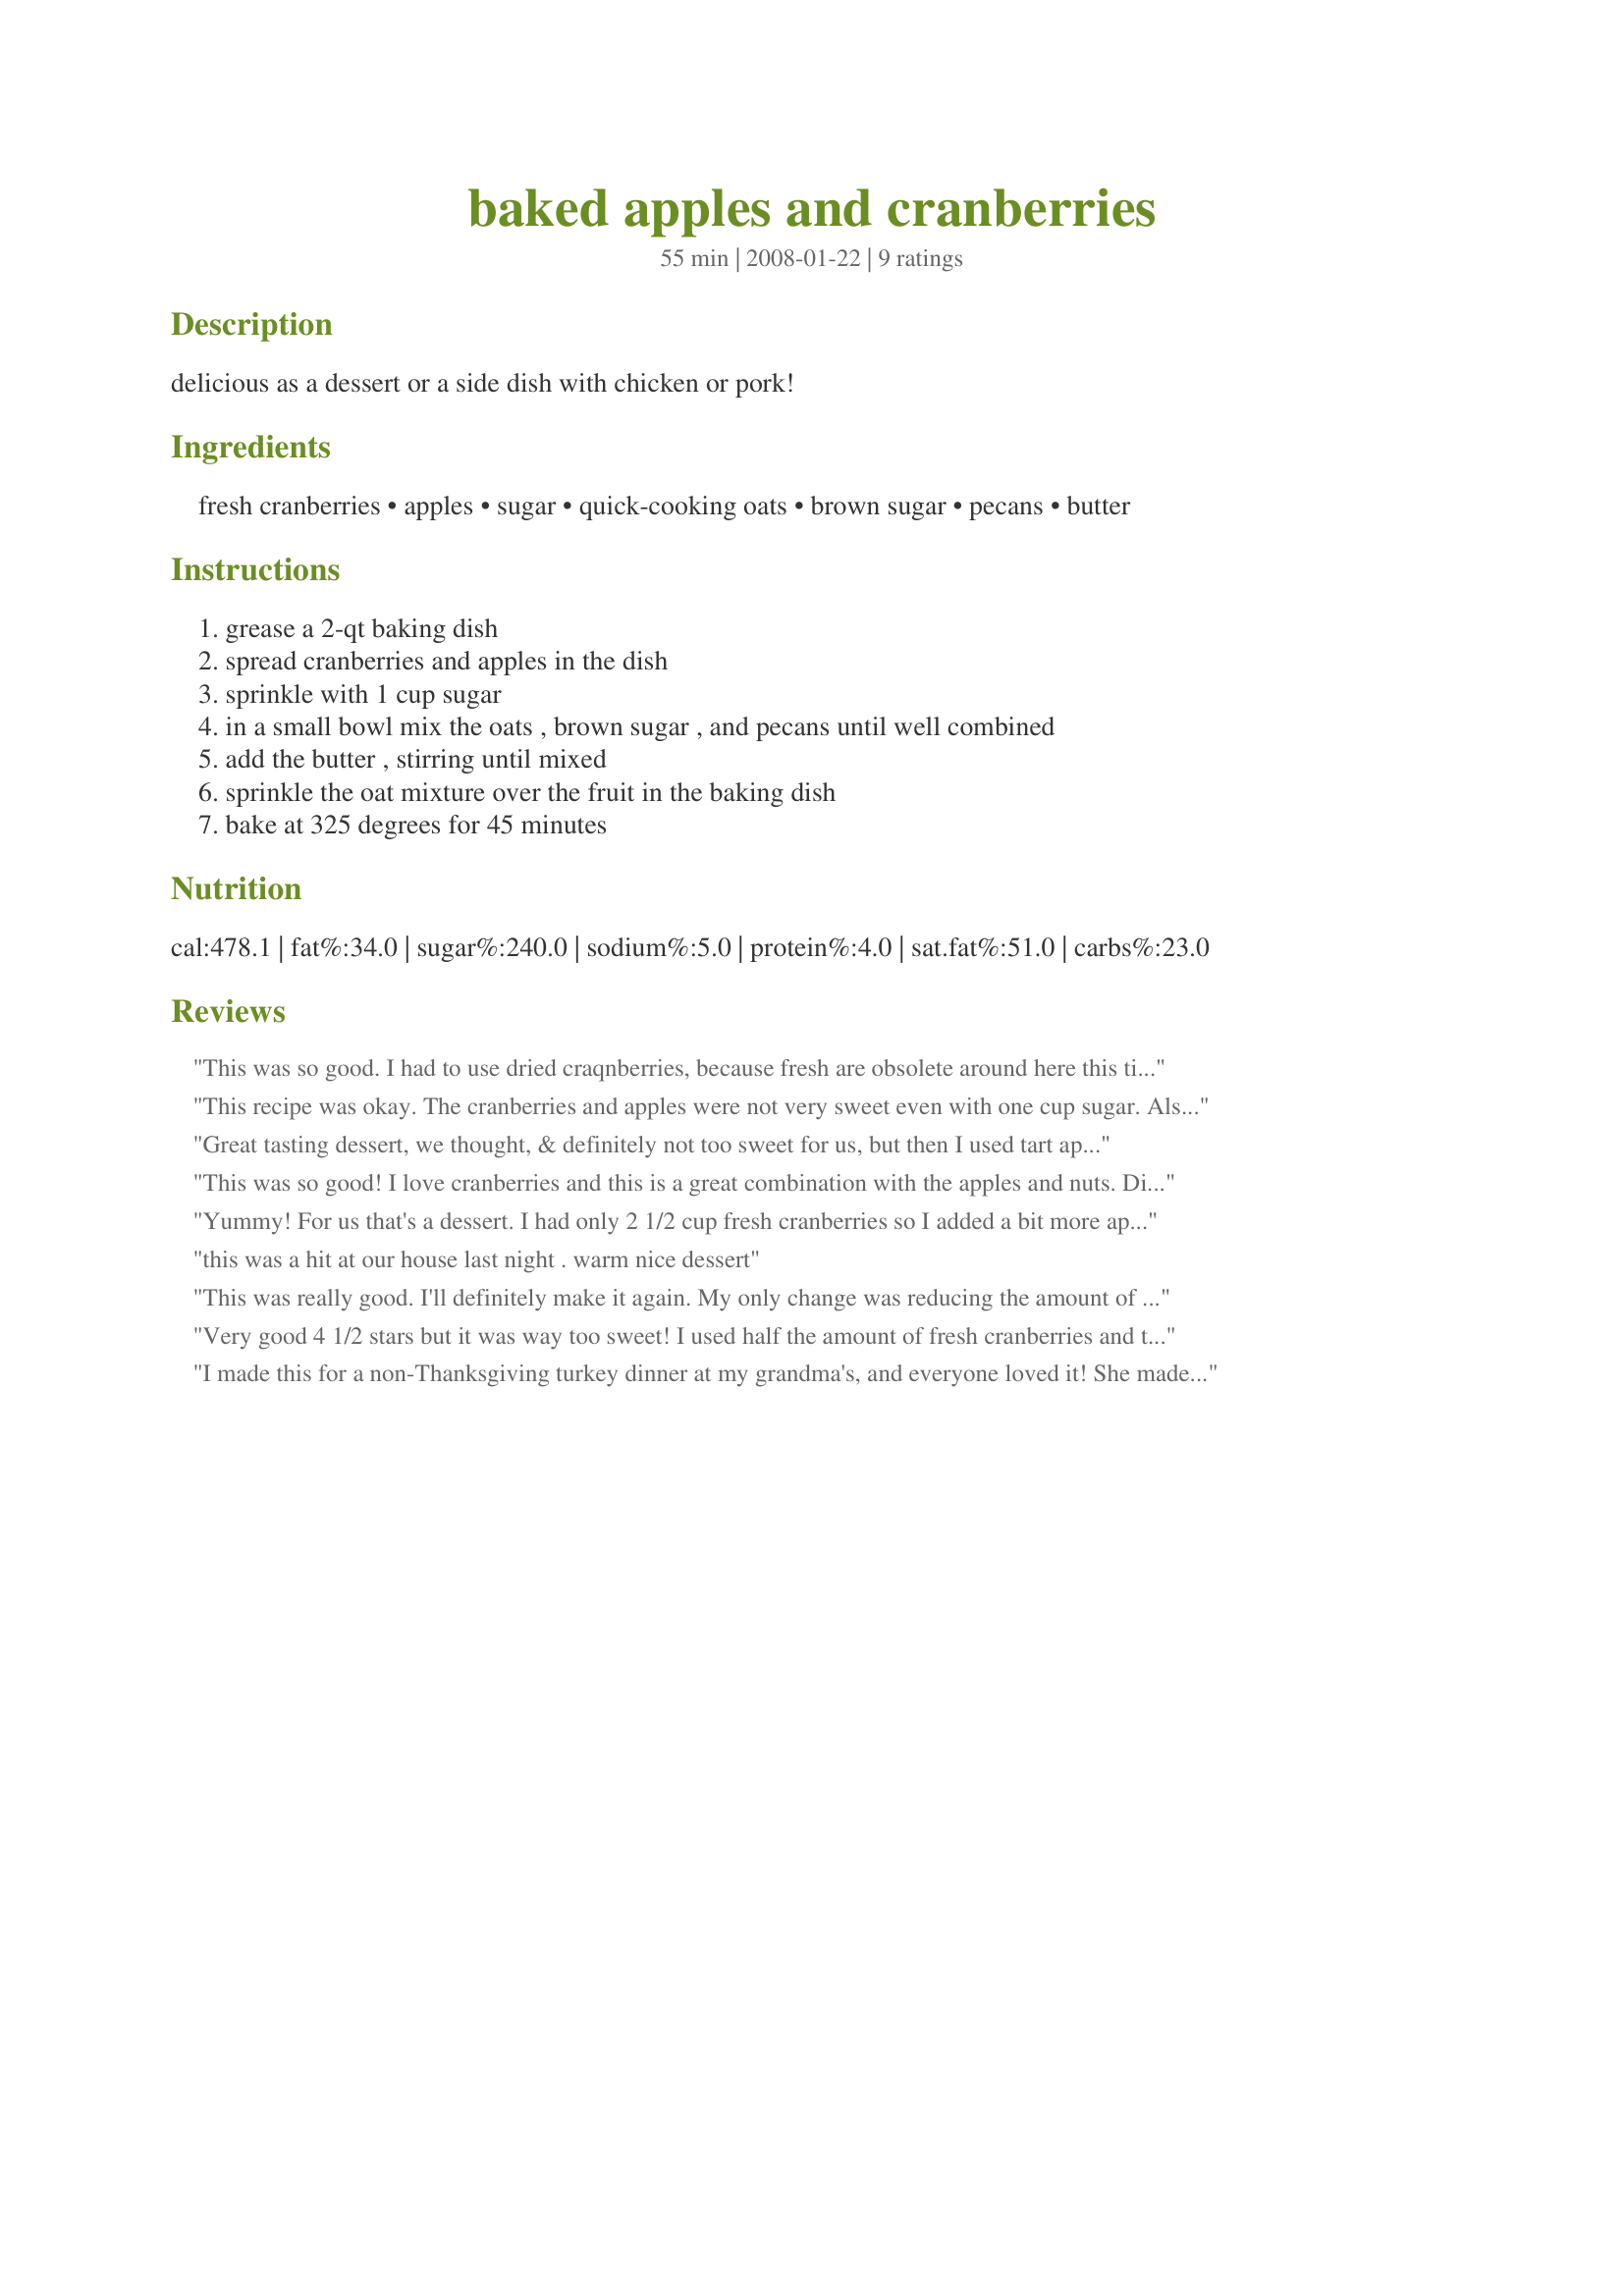
baked apples and cranberries
Preparation time: 55 minutes

delicious as a dessert or a side dish with chicken or pork!

Ingredients:
fresh cranberries, apples, sugar, quick-cooking oats, brown sugar, pecans, butter

Steps:
grease a 2-qt baking dish, spread cranberries and apples in the dish, sprinkle with 1 cup sugar, in a small bowl mix the oats , brown sugar , and pecans until well combined, add the butter , stirring until mixed, sprinkle the oat mixture over the fruit in the baking dish, bake at 325 degrees for 45 minutes

Reviews:
This was so good. I had to use dried craqnberries, because fresh are obsolete around here this time of year. This was very good with some vanilla ice cream. We really enjoyed this. For the changes. I used about 3 T of sugar over my apples because they were already sweet. I also only used 1/4 cup of butter in the topping.
This recipe was okay. The cranberries and apples were not very sweet even with one cup sugar. Also, the oat mixture didn't do much for the dish. I'm thinking some flour added, to make more of a crumble topping, would be better.
Great tasting dessert, we thought, & definitely not too sweet for us, but then I used tart apples! Easy to make & great when served with a scoop of frozen vanilla yogurt! I appreciate you sharing the recipe! [Tagged, made & reviewed in Please Review My Recipe tag]
This was so good! I love cranberries and this is a great combination with the apples and nuts. Did not have any pecans and used walnuts instead. Thought of reducing the amount of white sugar but since my apples were very tart I decided not to. Good choice, the sweetness was right on spot. I always have some bags of cranberries in the freezer (I stack up every year in November) and it's good to know I can make this any time of the year, and I will!<br/>Thanks for posting.<br/>Made for PAC, Autumn 2012.
Yummy! For us that's a dessert. I had only 2 1/2 cup fresh cranberries so I added a bit more apple. The topping is yummy with the sour cranberries. It's sweet but it's well balanced with the sour of the cranberries. Thanks Loof :) Made for 123 hit wonders
this was a hit at our house last night . warm nice dessert
This was really good. I'll definitely make it again. My only change was reducing the amount of sugar - I used a little less than 1/2 cup. I did not change the amount of brown sugar. YUM-O-RAMA!
Very good 4 1/2 stars but it was way too sweet! I used half the amount of fresh cranberries and the full amount of gala apples. I used canola oil in a much less amount instead of butter because we dont do dairy. I served this as dessert. It would be very tasty on vanilla ice cream. I will make it again for sure using less sugar.
I made this for a non-Thanksgiving turkey dinner at my grandma's, and everyone loved it! She made other Thanksgiving-esque sides, but had forgotten a cranberry dish, so we served this on our dinner plates in place of it. It was just the right mix of sweet and tart. It could also be served as a dessert with a little ice cream. Following the comments of some of the other reviewers, I used half the amount of white sugar and the regular amount of brown sugar for the topping. I was torn on what kind of apples to use, so I used a mix of tart green and sweet red apples. Next time I have leftover fresh cranberries sitting around I'll make another batch of this. It's fairly easy to scale down the recipe to match however much leftover cranberries you have.
